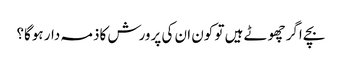
بچے اگر چھوٹے ہیں تو کون ان کی پرورش کاذمہ دار ہوگا؟